Sketch of the medical history of the native army of Bombay, for the year
Year: 1876
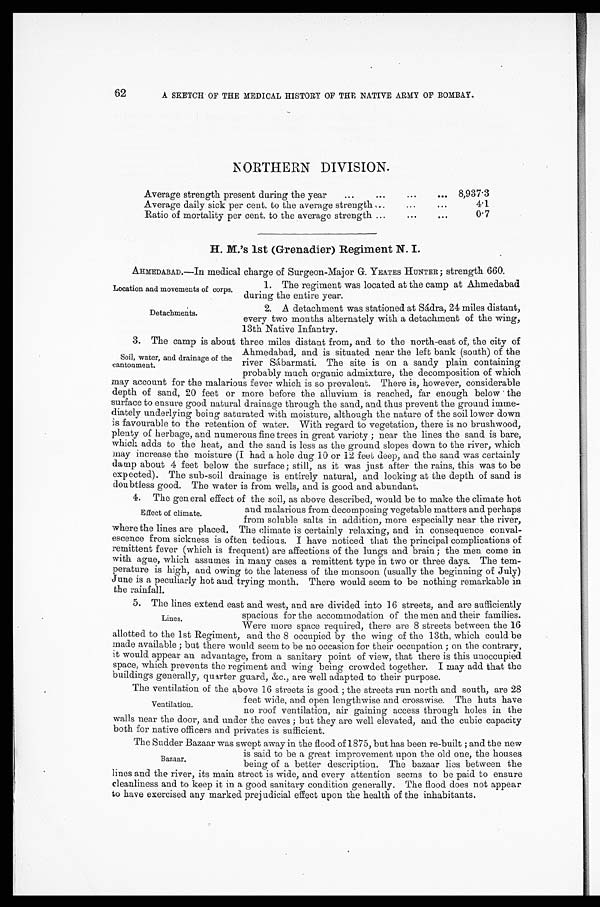
Location and movements of corps.
Detachments.
62
A SKETCH OF THE MEDICAL HISTORY OF THE NATIVE ARMY OF BOMBAY.
NORTHERN DIVISION.
Average strength present during the year . . .
8,937.3
Average daily sick per cent. to the average strength . . .
4.1
0.7
Ratio of mortality per cent. to the average strength . . .
H. M.'s 1st (Grenadier) Regiment N. I.
AHMEDABAD.—In medical charge of Surgeon-Major G. YEATES HUNTER; strength 660.
1. The regiment was located at the camp at Ahmedabad
during the entire year.
2. A detachment was stationed at Sádra, 24 miles distant,
every two months alternately with a detachment of the wing,
13th Native Infantry.
3. The camp is about three miles distant from, and to the north-east of, the city of
Ahmedabad, and is situated near the left bank (south) of the
river Sábarmati. The site is on a sandy plain containing
probably much organic admixture, the decomposition of which
may account for the malarious fever which is so prevalent. There is, however, considerable
depth of sand, 20 feet or more before the alluvium is reached, far enough below the
surface to ensure good natural drainage through the sand, and thus prevent the ground imme
- d i a t e l y u n d e r l y i n g b e i n g s a t u r a t e d w i t h m o i s t u r e , a l t h o u g h t h e n a t u r e o f t h e s o i l l o w e r d o w n
is favourable to the retention of water. With regard to vegetation, there is no brushwood,
plenty of herbage, and numerous fine trees in great variety; near the lines the sand is bare,
which adds to the heat, and the sand is less as the ground slopes down to the river, which
may increase the moisture (I had a hole dug 10 or 12 feet deep, and the sand was certainly
damp about 4 feet below the surface; still, as it was just after the rains, this was to be
expected). The sub-soil drainage is entirely natural, and looking at the depth of sand is
doubtless good. The water is from wells, and is good and abundant.
4. The general effect of the soil, as above described, would be to make the climate hot
and malarious from decomposing vegetable matters and perhaps
from soluble salts in addition, more especially near the river,
where the lines are placed. The climate is certainly relaxing, and in consequence conval
-escence from sickness is often tedious. I have noticed that the principal complications of
remittent fever (which is frequent) are affections of the lungs and brain; the men come in
with ague, which assumes in many cases a remittent type in two or three days. The tem
-perature is high, and owing to the lateness of the monsoon (usually the beginning of July)
June is a peculiarly hot and trying month. There would seem to be nothing remarkable in
the rainfall.
5. The lines extend east and west, and are divided into 16 streets, and are sufficiently
spacious for the accommodation of the men and their families.
Were more space required, there are 8 streets between the 16
allotted to the 1st Regiment, and the 8 occupied by the wing of the 13th, which could be
made available; but there would seem to be no occasion for their occupation; on the contrary,
it would appear an advantage, from a sanitary point of view, that there is this unoccupied
space, which prevents the regiment and wing being crowded together. I may add that the
buildings generally, quarter guard, &c., are well adapted to their purpose.
The ventilation of the above 16 streets is good; the streets run north and south, are 28
feet wide, and open lengthwise and crosswise. The huts have
no roof ventilation, air gaining access through holes in the
walls near the door, and under the eaves; but they are well elevated, and the cubic capacity
both for native officers and privates is sufficient.
Soil, water, and drainage of the
cantonment.
Effect of climate.
Lines.
Ventilation.
The Sudder Bazaar was swept away in the flood of 1875, but has been re-built; and the new
is said to be a great improvement upon the old one, the houses
being of a better description. The bazaar lies between the
lines and the river, its main street is wide, and every attention seems to be paid to ensure
cleanliness and to keep it in a good sanitary condition generally. The flood does not appear
to have exercised any marked prejudicial effect upon the health of the inhabitants.
Bazaar.